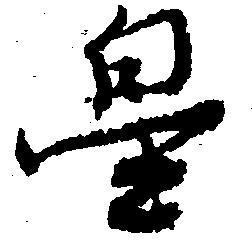
畠